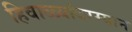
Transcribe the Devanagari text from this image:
हिवाळ्यांदरम्यान